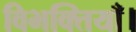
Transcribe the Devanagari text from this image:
विभक्तियाँ।